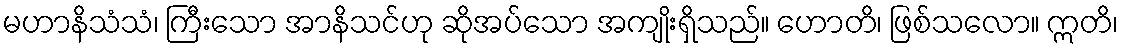
မဟာနိသံသံ၊ ကြီးသော အာနိသင်ဟု ဆိုအပ်သော အကျိုးရှိသည်။ ဟောတိ၊ ဖြစ်သလော။ ဣတိ၊